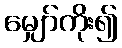
မျှော်ကိုး၍